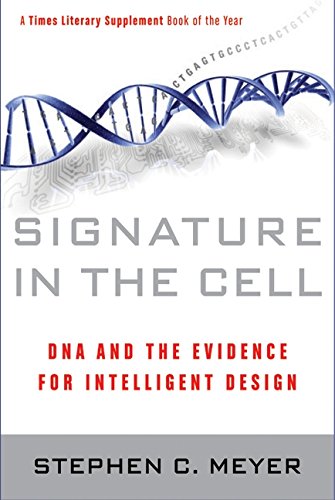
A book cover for Signature in the Cell: DNA and the Evidence for Intelligent Design; Stephen C. Meyer; Computers & Technology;